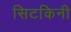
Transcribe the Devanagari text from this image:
सिटकिनी